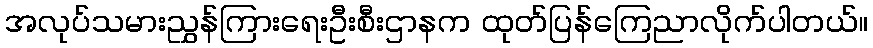
အလုပ်သမားညွှန်ကြားရေးဦးစီးဌာနက ထုတ်ပြန်ကြေညာလိုက်ပါတယ်။